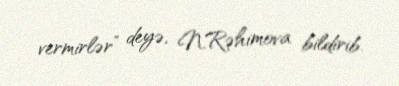
vermirlər” deyə, N.Rəhimova bildirib.